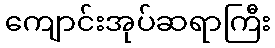
ကျောင်းအုပ်ဆရာကြီး